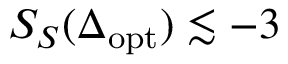
S _ { S } ( \Delta _ { \mathrm { o p t } } ) \lesssim - 3